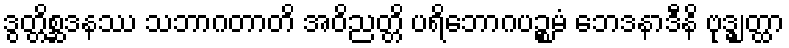
ဒွတ္တိစ္ဆဒနဿ သဘာဂတာတိ အဝိညတ္တိ ပရိဘောဂပဉ္စမံ ဘေဒနာဒီနိ ဗုဒ္ဓျတ္ထာ